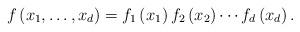
LaTeX: \begin{align*} f\left(x_1,\ldots,x_d\right) = f_1\left(x_1\right)f_2\left(x_2\right) \cdots f_d\left(x_d\right).\end{align*}